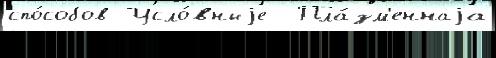
спо́собов Усло́вныjе  Пла́зм'еннаjа